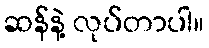
ဆန်နဲ့ လုပ်တာပါ။